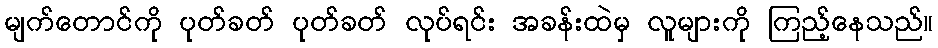
မျက်တောင်ကို ပုတ်ခတ် ပုတ်ခတ် လုပ်ရင်း အခန်းထဲမှ လူများကို ကြည့်နေသည်။